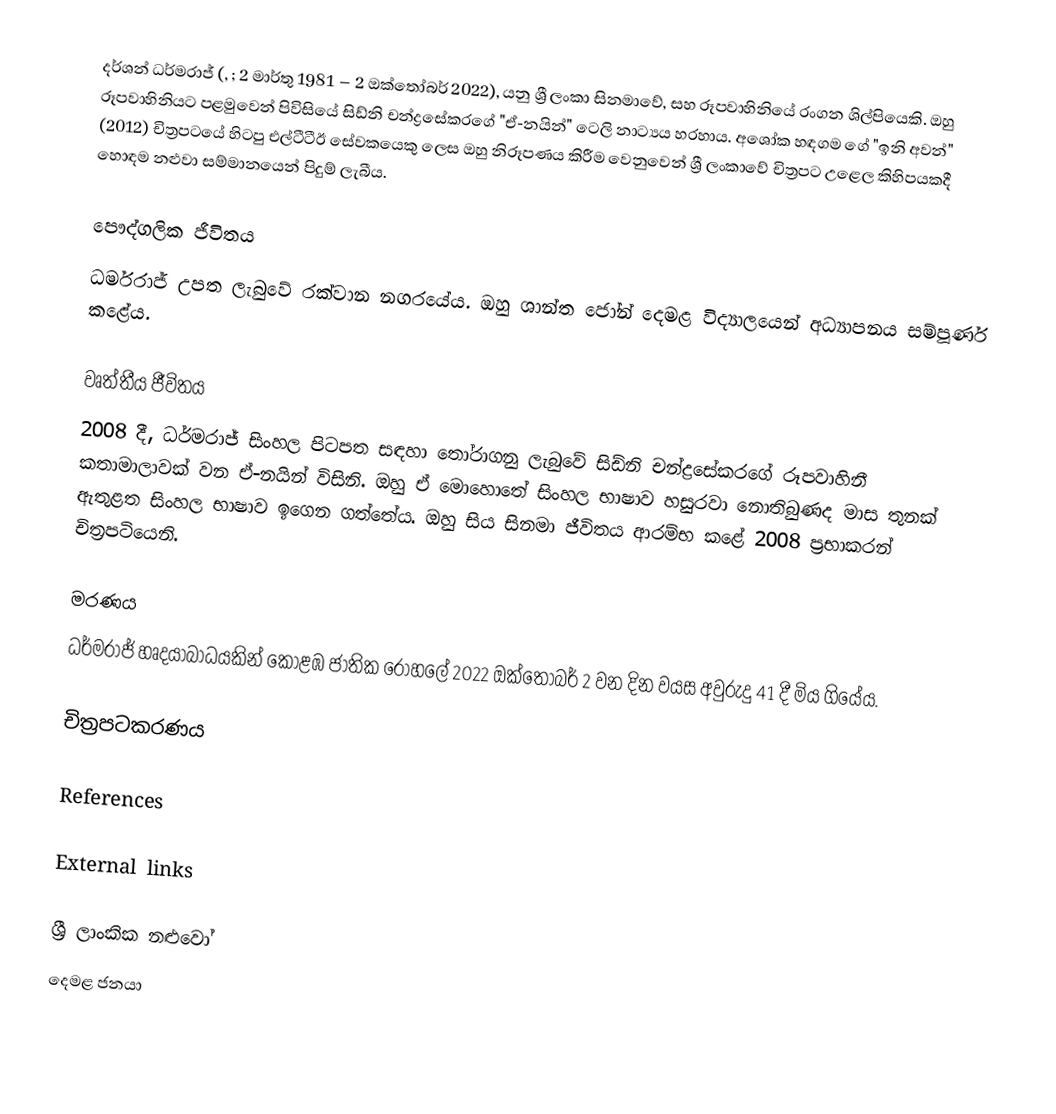
දර්ශන් ධර්මරාජ් (, ; 2 මාර්තු 1981 – 2 ඔක්තෝබර් 2022), යනු ශ්‍රී ලංකා සිනමාවේ, සහ රූපවාහිනියේ රංගන ශිල්පියෙකි. ඔහු රූපවාහිනියට පළමුවෙන් පිවිසියේ සිඩ්නි චන්ද්‍රසේකරගේ "ඒ-නයින්" ටෙලි නාට්‍යය හරහාය. අශෝක හඳගම ගේ "ඉනි අවන්" (2012) චිත්‍රපටයේ හිටපු එල්ටීටීඊ සේවකයෙකු ලෙස ඔහු නිරූපණය කිරීම වෙනුවෙන් ශ්‍රී ලංකාවේ චිත්‍රපට උළෙල කිහිපයකදී හොඳම නළුවා සම්මානයෙන් පිදුම් ලැබීය.

පෞද්ගලික ජීවිතය
ධර්මරාජ් උපත ලැබුවේ රක්වාන නගරයේය. ඔහු ශාන්ත ජෝන් දෙමළ විද්‍යාලයෙන් අධ්‍යාපනය සම්පූර්ණ කළේය.

වෘත්තීය ජීවිතය
2008 දී, ධර්මරාජ් සිංහල පිටපත සඳහා තෝරාගනු ලැබුවේ සිඩ්නි චන්ද්‍රසේකරගේ රූපවාහිනී කතාමාලාවක් වන ඒ-නයින් විසිනි. ඔහු ඒ මොහොතේ සිංහල භාෂාව හසුරවා නොතිබුණද මාස තුනක් ඇතුළත සිංහල භාෂාව ඉගෙන ගත්තේය. ඔහු සිය සිනමා ජීවිතය ආරම්භ කළේ 2008 ප්‍රභාකරන් චිත්‍රපටියෙනි.

මරණය
ධර්මරාජ් හෘදයාබාධයකින් කොළඹ ජාතික රෝහලේ 2022 ඔක්තෝබර් 2 වන දින වයස අවුරුදු 41 දී මිය ගියේය.

චිත්‍රපටකරණය

References

External links

ශ්‍රී ලාංකික නළුවෝ
දෙමළ ජනයා